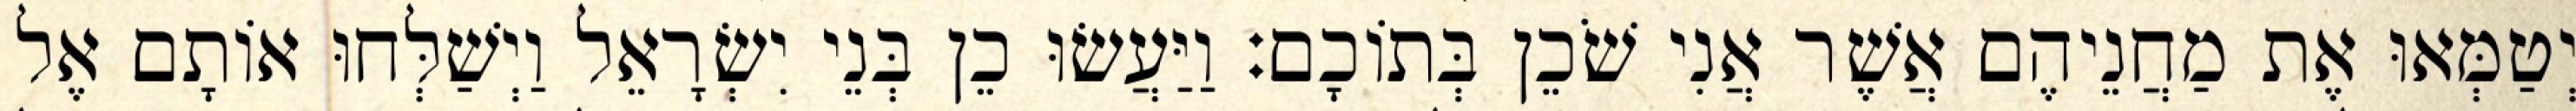
יְטַמְּאוּ אֶת מַחֲנֵיהֶם אֲשֶׁר אֲנִי שֹׁכֵן בְּתוֹכָם׃ וַיַּעֲשׂוּ כֵן בְּנֵי יִשְׂרָאֵל וַיְשַׁלְּחוּ אוֹתָם אֶל